Indian journal of veterinary science and animal husbandry - Volume 14,
Year: 1944
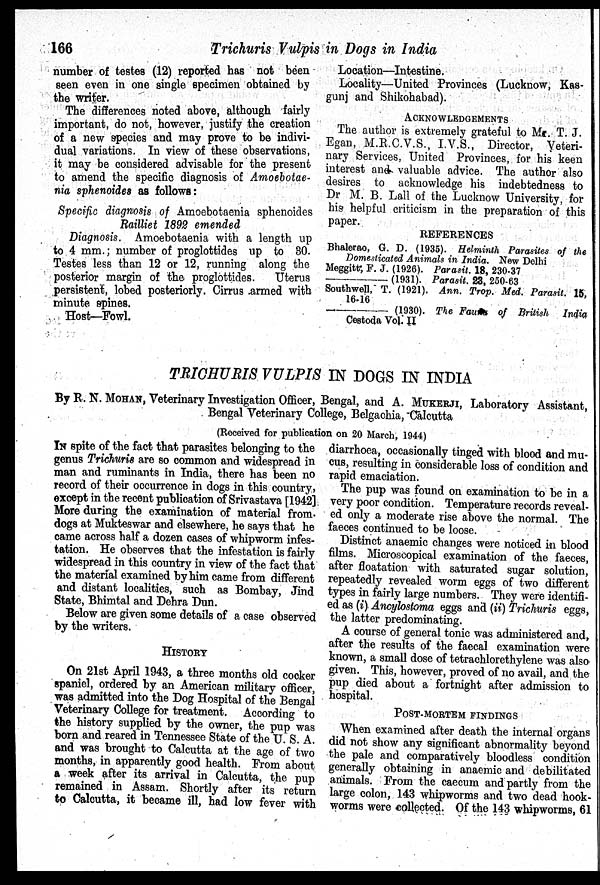
166
Trichuris Vulpis in Dogs in India
number of testes (12) reported has not been
seen even in one single specimen obtained by
the writer.
The differences noted above, although fairly
important, do not, however, justify the creation
of a new species and may prove to be indivi-
dual variations. In view of these observations,
it may be considered advisable for the present
to amend the specific diagnosis of Amoebotae-
nia sphenoides as follows:
Specific diagnosis of Amoebotaenia sphenoides
Railliet 1892 emended
Diagnosis. Amoebotaenia with a length up
to 4 mm.; number of proglottides up to 30.
Testes less than 12 or 12, running along the
posterior margin of the proglottides.
Uterus
persistent, lobed posteriorly. Cirrus armed with
minute spines.
Host—Fowl.
Location—Intestine.
Locality—United Provinces (Lucknow, Kas-
gunj and Shikohabad).
ACKNOWLEDGEMENTS
The author is extremely grateful to Mr. T. J.
Egan, M.R.C.V.S., I.V.S., Director, Veteri-
nary Services, United Provinces, for his keen
interest and valuable advice. The author also
desires to acknowledge his indebtedness to
Dr M. B. Lall of the Lucknow University, for
his helpful criticism in the preparation of this
paper.
REFERENCES
Bhalerao, G. D. (1935). Helminth Parasites of the
Domesticated Animals in India. New Delhi
Meggitt, F. J. (1926). Parasit. 18, 230-37
——
(1931). Parasit. 23, 250-63
Southwell, T. (1921). Ann. Trop. Med. Parasit. 15,
16-16
———— (1930). The Fauna of British India
Cestoda Vol. II
TRICHURIS VULPIS IN DOGS IN INDIA
By R. N. MOHAN, Veterinary Investigation Officer, Bengal, and A. MUKERJI, Laboratory Assistant,
Bengal Veterinary College, Belgachia, Calcutta
(Received for publication on 20 March, 1944)
IN spite of the fact that parasites belonging to the
genus Trichuris are so common and widespread in
man and ruminants in India, there has been no
record of their occurrence in dogs in this country,
except in the recent publication of Srivastava [1942]
More during the examination of material from
dogs at Mukteswar and elsewhere, he says that he
came across half a dozen cases of whipworm infes-
tation. He observes that the infestation is fairly
widespread in this country in view of the fact that
the material examined by him came from different
and distant localities, such as Bombay, Jind
State, Bhimtal and Dehra Dun.
Below are given some details of a case observed
by the writers.
HISTORY
On 21st April 1943, a three months old cocker
spaniel, ordered by an American military officer,
was admitted into the Dog Hospital of the Bengal
Veterinary College for treatment. According to
the history supplied by the owner, the pup was
born and reared in Tennessee State of the U. S. A.
and was brought to Calcutta at the age of two
months, in apparently good health. From about
a week after its arrival in Calcutta, the pup
remained in Assam. Shortly after its return
to Calcutta, it became ill, had low fever with
diarrhoea, occasionally tinged with blood and mu-
cus, resulting in considerable loss of condition and
rapid emaciation.
The pup was found on examination to be in a
very poor condition. Temperature records reveal-
ed only a moderate rise above the normal. The
faeces continued to be loose.
Distinct anaemic changes were noticed in blood
films. Microscopical examination of the faeces,
after floatation with saturated sugar solution,
repeatedly revealed worm eggs of two different
types in fairly large numbers. They were identifi-
ed as (i) Ancylostoma eggs and (ii) Trichuris eggs,
the latter predominating.
A course of general tonic was administered and,
after the results of the faecal examination were
known, a small dose of tetrachlorethylene was also
given. This, however, proved of no avail, and the
pup died about a fortnight after admission to
hospital.
POST-MORTEM FINDINGS
When examined after death the internal organs
did not show any significant abnormality beyond
the pale and comparatively bloodless condition
generally obtaining in anaemic and debilitated
animals. From the caecum and partly from the
large colon, 143 whipworms and two dead hook-
worms were collected. Of the 143 whipworms, 61